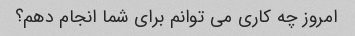
امروز چه کاری می توانم برای شما انجام دهم؟